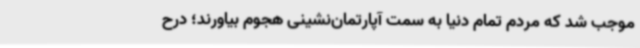
موجب شد که مردم تمام دنیا به سمت آپارتمان‌نشینی هجوم بیاورند؛ درح